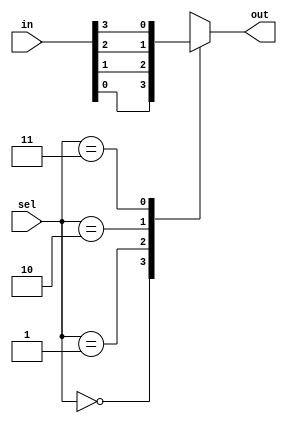
module mux_4X1( in,sel,out);
  
input [3:0]in;
input [1:0]sel;
  
output reg out;

always @(*)
	begin
      
		case(sel)
			2'b00: out=in[0];
			2'b01: out=in[1];
			2'b10: out=in[2];
			2'b11: out=in[3];
			default: out=1'b0;
		endcase
      
	end
endmodule